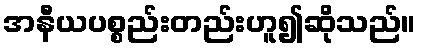
အနီယပစ္စည်းတည်းဟူ၍ဆိုသည်။